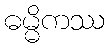
ဓမ္မိကဿ